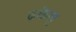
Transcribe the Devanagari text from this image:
ढकेलु